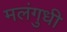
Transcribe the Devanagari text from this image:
मलंगुधी